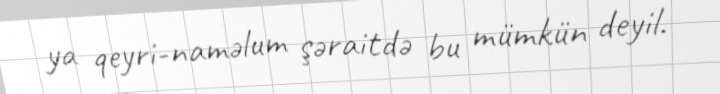
ya qeyri-naməlum şəraitdə bu mümkün deyil.